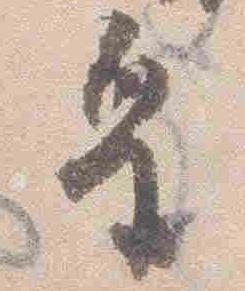
皇